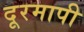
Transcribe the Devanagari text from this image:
दूरमापी